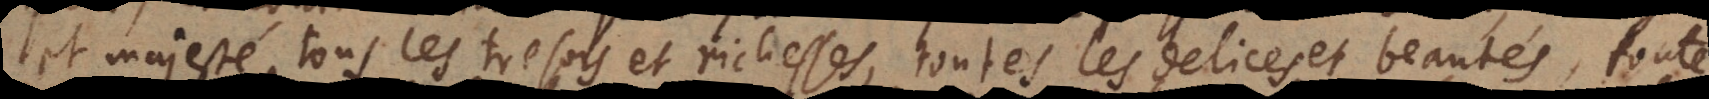
et majesté, tous les tresors et richesses, toutes les delices et beautés, toute